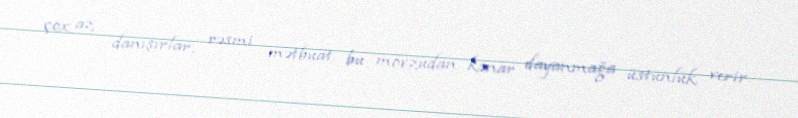
çox az danışırlar, rəsmi mətbuat bu mövzudan kənar dayanmağa üstünlük verir.